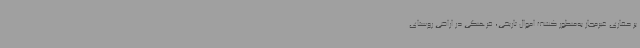
بر حفاری غیرمجاز به‌منظور کشف اموال تاریخی، فرهنگی در اراضی روستای